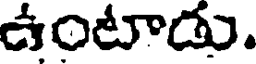
ఉంటాడు.